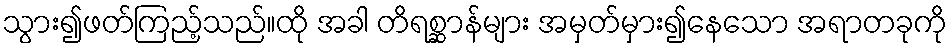
သွား၍ဖတ်ကြည့်သည်။ထို အခါ တိရစ္ဆာန်များ အမှတ်မှား၍နေသော အရာတခုကို